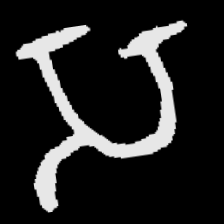
Pyu character \u2014 Myanmar letter: သ (romanized: sa)